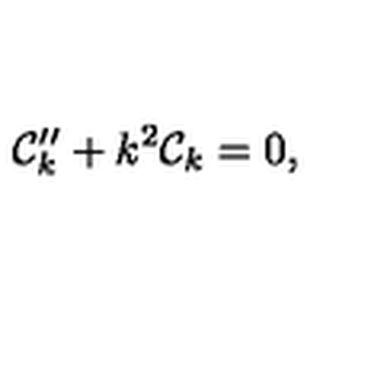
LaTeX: { \cal C } _ { k } ^ { \prime \prime } + k ^ { 2 } { \cal C } _ { k } = 0 ,